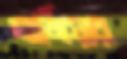
মার্জিয়ার